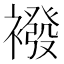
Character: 襏